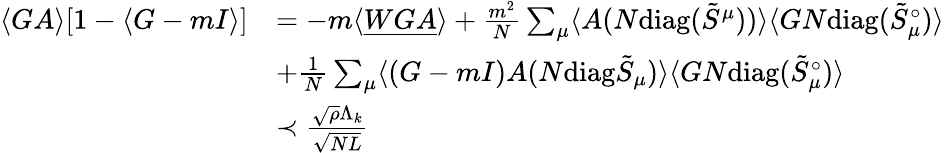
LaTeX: \begin{array}{rl}{\langle GA\rangle[1-\langle G-mI\rangle]}&{=-m\langle{\underline{{WGA}}}\rangle+\frac{m^{2}}{N}\sum_{\mu}\langle A(N\mathrm{diag}(\tilde{S}^{\mu}))\rangle\langle GN\mathrm{diag}(\tilde{S}_{\mu}^{\circ})\rangle}\\ &{+\frac{1}{N}\sum_{\mu}\langle(G-mI)A(N\mathrm{diag}\tilde{S}_{\mu})\rangle\langle GN\mathrm{diag}(\tilde{S}_{\mu}^{\circ})\rangle}\\ &{\prec\frac{\sqrt{\rho}\Lambda_{k}}{\sqrt{NL}}}\end{array}